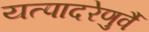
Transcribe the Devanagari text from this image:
यत्पादरेणुर्वै